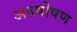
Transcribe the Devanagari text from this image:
अवषोषण